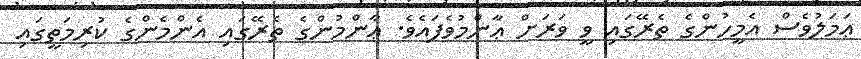
ޢަމަލުވެސް އެމީހުންގެ ތެރޭގައި ވީ ވަރަށް ޢާންމުވެފައެވެ. ޢާންމުންގެ ތެރޭގައި އެންމެންގެ ކުރިމަތީގައި